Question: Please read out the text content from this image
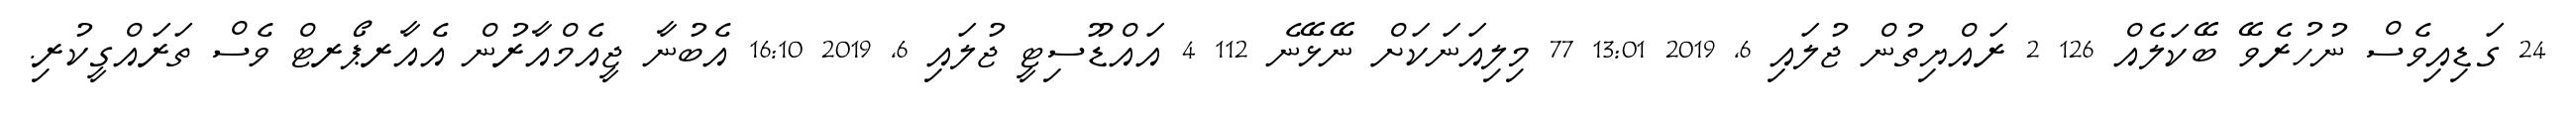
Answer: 24 ގަޑިއިވެސް ނުހުރެވޭ ބޭކަލެއް 126 2 ރައްޔިތުން ޖުލައި 6, 2019 13:01 77 މިލިއަނަކަށް ނޭޅޭނެ 112 4 އައްޑޫސިޓީ ޖުލައި 6, 2019 16:10 އެބުނާ ޖީއެމްއާރުން އެއާރޕޯރޓް ވެސް ތަރައްގީކުރި.